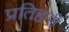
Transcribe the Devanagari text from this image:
प्रतिहारीं